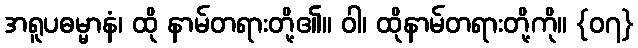
အရူပဓမ္မာနံ၊ ထို နာမ်တရားတို့၏။ ဝါ၊ ထိုနာမ်တရားတို့ကို။ {၀၇}